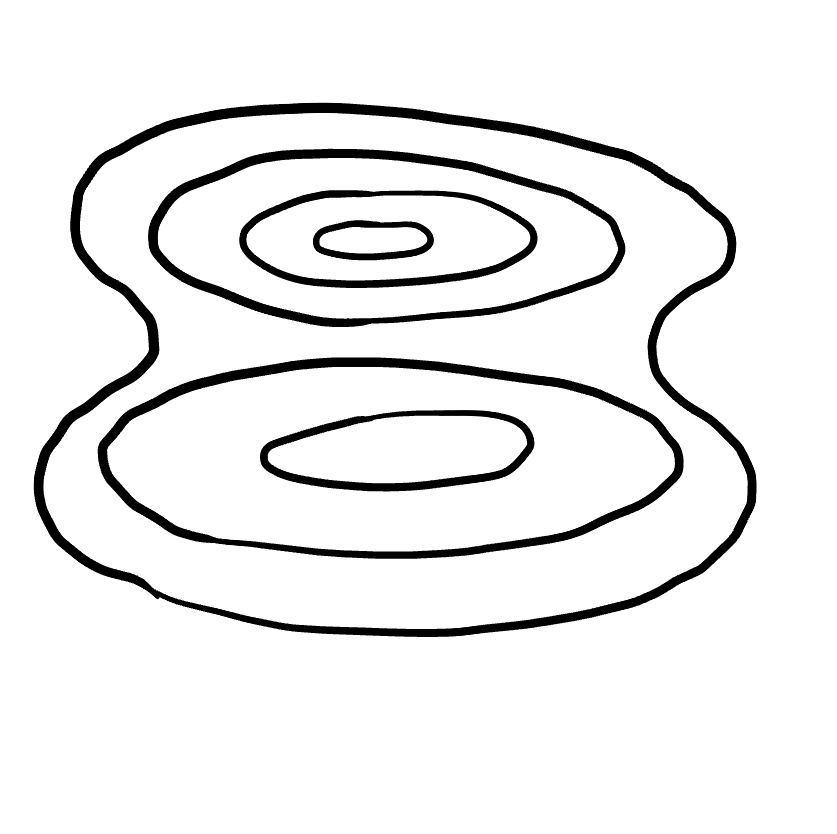
Number of regions (including the outer root region): 7
Containment tree edges (parent, child): 0, 1, 1, 2, 1, 4, 2, 3, 4, 5, 5, 6